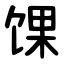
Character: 馃